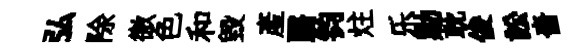
弘除徼色和毀產翳钧炷乐勦耽俊訟嗇